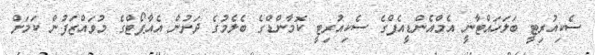
ސެކިއުރިޓީ ބަލަހައްޓާނީ އެމްއެންޑީއެފްގެ ސެކިއުރިޓީ ކޮމާންޑްގެ ބެލެމުގެ ދަށުން އެއާޕޯޓްގެ މުވައްޒަފުން ކަމަށް